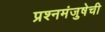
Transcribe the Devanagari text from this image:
प्रश्नमंजुषेची